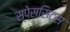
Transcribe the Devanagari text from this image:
स्पेससिट्स